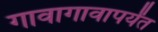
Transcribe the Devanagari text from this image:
गावागावापर्यंत